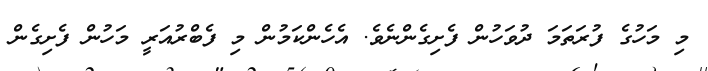
މި މަހުގެ ފުރަތަމަ ދުވަހުން ފެށިގެންނެވެ. އެހެންކަމުން މި ފެބްރުއަރީ މަހުން ފެށިގެން